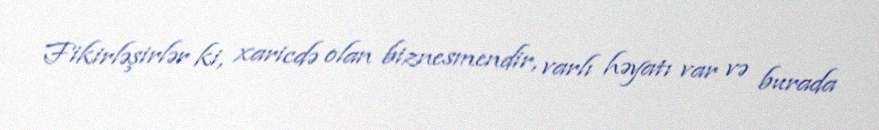
Fikirləşirlər ki, xaricdə olan biznesmendir, varlı həyatı var və burada